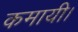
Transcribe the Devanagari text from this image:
कमायी।